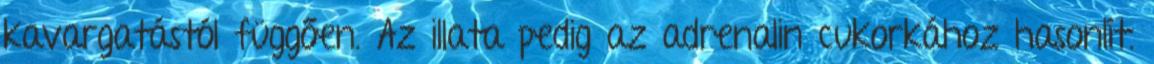
kavargatástól függően. Az illata pedig az adrenalin cukorkához hasonlít.